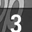
Digit: 3